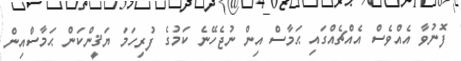
ފޮނުވާ އެއްވެސް އެއްޗެއްގައި ޙަމާސް އިން ނުޖެހޭނެ ކަމުގެ ފުރިހަމަ ޔަޤީންކަން ޙަމާސްއިން